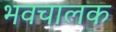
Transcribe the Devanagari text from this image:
भवचालक